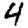
Digit: 4